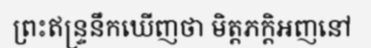
ព្រះឥន្ទ្រនឹកឃើញថា មិត្តភក្តិអញនៅ